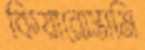
কিয়ারোস্তামি